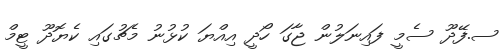
ސ.ފޭދޫ ސެމީ ފައިނަލުން ޖާގަ ހޯދީ އިއްޔަ ކުޅުނު މެޗުގައި ކެޔޮދޫ ޓީމް